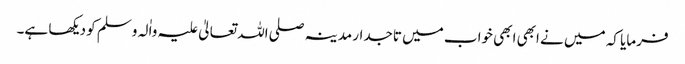
فرمایا کہ میں نے ابھی ابھی خواب میں تاجدار مدینہ صلی اللہ تعالیٰ علیہ واٰلہ وسلم کو دیکھا ہے۔